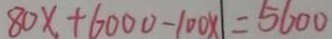
8 0 x + 6 0 0 0 - 1 0 0 x = 5 6 0 0